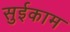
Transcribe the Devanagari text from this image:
सुईकाम